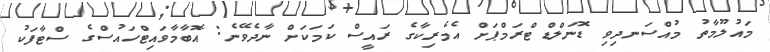
މައުލޫމާތު މުއްސަނދިވި ޑޮނަލްޑް ޓްރަމްޕަށް އެމެރިކާގެ ރައީސް ކަމަކަށް ނާދެވޭނެ: އޮބާމާވައިޓްހައުސްގެ ސްޓާފަކު